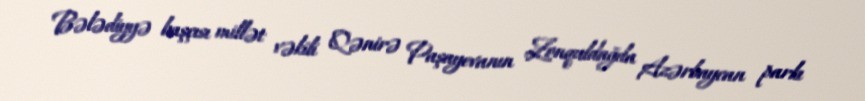
Bələdiyyə başçısı millət vəkili Qənirə Paşayevanın Zonquldağda Azərbaycan parkı